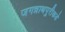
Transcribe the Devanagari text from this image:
जगन्नाथपुरीकडे